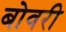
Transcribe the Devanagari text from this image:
बोवरी